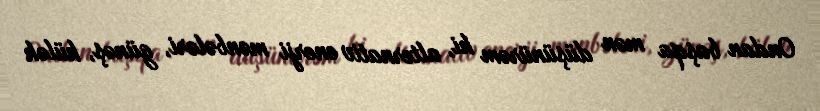
Ondan başqa mən düşünürəm ki, alternativ enerji mənbələri, günəş, külək